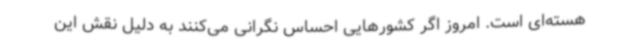
هسته‌ای است. امروز اگر کشورهایی احساس نگرانی می‌کنند به دلیل نقش این